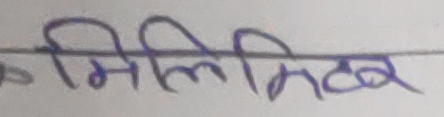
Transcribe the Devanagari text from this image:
मिलिमीटर